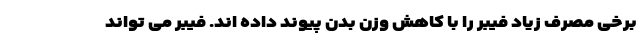
برخی مصرف زیاد فیبر را با کاهش وزن بدن پیوند داده اند. فیبر می تواند